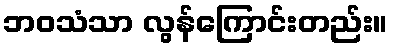
ဘဝသံသာ လွန်ကြောင်းတည်း။